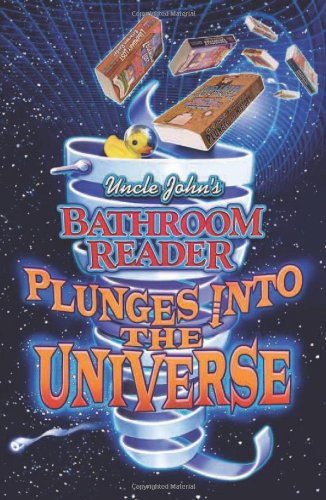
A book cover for Uncle John's Bathroom Reader Plunges into the Universe (Uncle John Presents); Bathroom Readers' Hysterical Society; Humor & Entertainment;